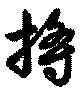
將